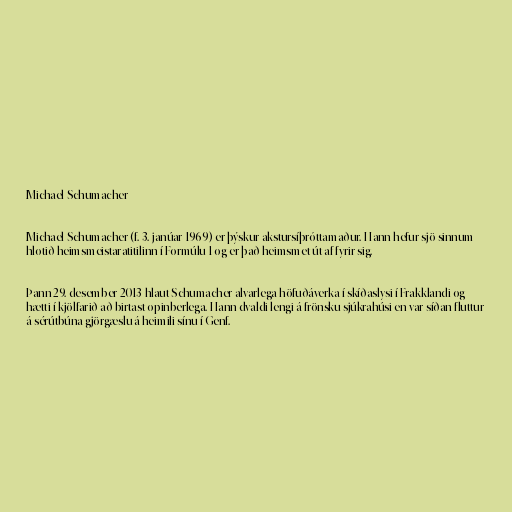
Michael Schumacher

Michael Schumacher (f. 3. janúar 1969) er þýskur akstursíþróttamaður. Hann hefur sjö sinnum
hlotið heimsmeistaratitilinn í Formúlu 1 og er það heimsmet út af fyrir sig.

Þann 29. desember 2013 hlaut Schumacher alvarlega höfuðáverka í skíðaslysi í Frakklandi og
hætti í kjölfarið að birtast opinberlega. Hann dvaldi lengi á frönsku sjúkrahúsi en var síðan fluttur
á sérútbúna gjörgæslu á heimili sínu í Genf.